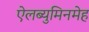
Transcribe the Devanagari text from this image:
ऐलब्युमिनमेह